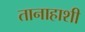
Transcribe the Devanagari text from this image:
तानाहाशी